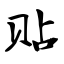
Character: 贴